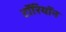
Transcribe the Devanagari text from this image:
टॉरियॉन